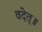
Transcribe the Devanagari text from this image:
वदेत्॥